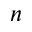
^ n